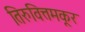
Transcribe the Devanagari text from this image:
तिरुवित्तमकूर